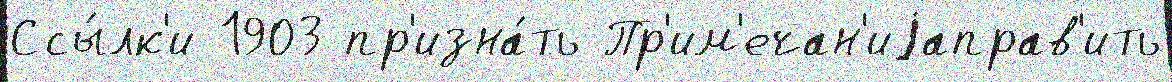
Ссы́лк'и 1903 пр'изна́ть Пр'им'ечан'иjаправ'ить